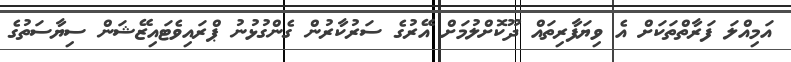
އަމިއްލަ ފަރާތްތަކަށް އެ ވިޔަފާރިތައް ދޫކޮށްލުމަށް އޭރުގެ ސަރުކާރުން ގެންގުޅުނު ޕްރައިވެޓައިޒޭޝަން ސިޔާސަތުގެ